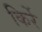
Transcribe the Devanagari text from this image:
किर्रे